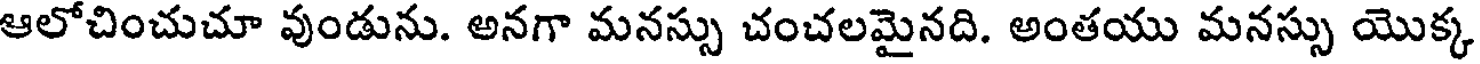
ఆలోచించుచూ వుండును. అనగా మనస్సు చంచలమైనది. అంతయు మనస్సు యొక్క